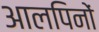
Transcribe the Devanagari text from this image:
आलपिनों